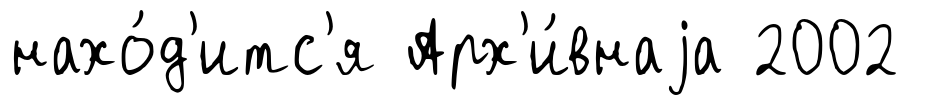
нахо́д'итс'я Арх'и́внаjа 2002